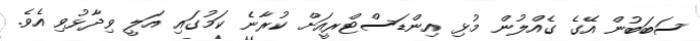
ސަބަބުން އޭގެ ގެއްލުން މުޅި އިންޑަސްޓްރީއަށް ކުރާނެ ކަމުގައި އަލީ ވިދާޅުވި އެވެ.